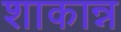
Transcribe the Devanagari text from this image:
शाकान्न